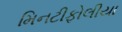
મિનટીફોલીયા